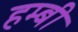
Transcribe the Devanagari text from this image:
हम्बी